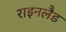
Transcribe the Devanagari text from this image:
राइनलैड